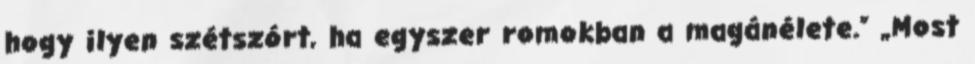
hogy ilyen szétszórt, ha egyszer romokban a magánélete.” „Most